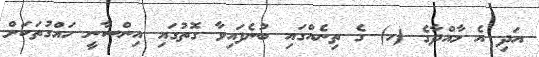
އަދި އެ މާއްދާގެ (ހ) ގެ ތިނެއްގައި ބުނެފައިވާ ގޮތުގައި އިންސާނީ ހައްގުތަކަށް